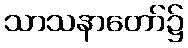
သာသနာတော်၌